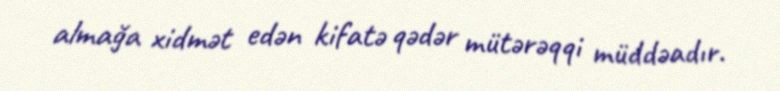
almağa xidmət edən kifatə qədər mütərəqqi müddəadır.